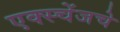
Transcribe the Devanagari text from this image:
एक्स्चेंजचे